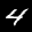
Label: 4